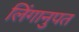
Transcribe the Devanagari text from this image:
लिंगानुपत